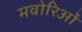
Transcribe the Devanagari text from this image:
मवोरिओं